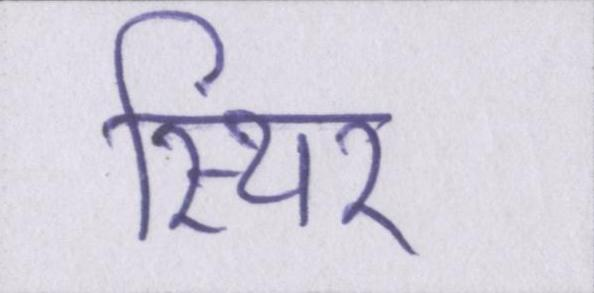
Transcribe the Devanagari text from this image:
स्थिर